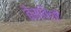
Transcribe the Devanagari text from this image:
बैसविली